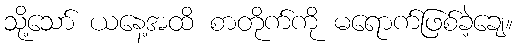
သို့သော် ယနေ့အထိ စာတိုက်ကို မရောက်ဖြစ်ခဲ့ချေ။